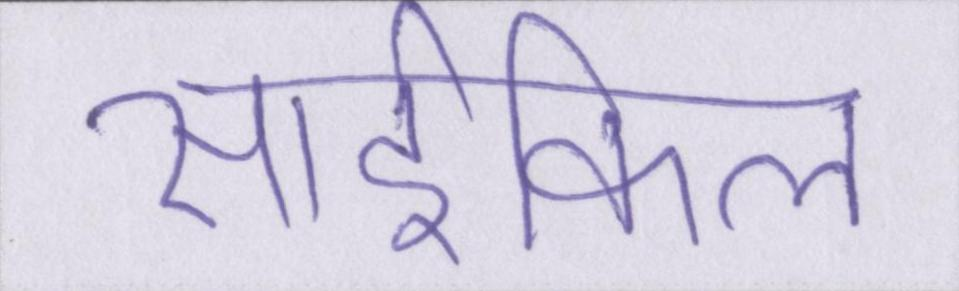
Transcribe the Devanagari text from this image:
साईकिल